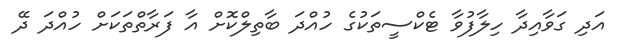
އަދި ގަވާއިދާ ހިލާފުވާ ޓެކްސީތަކުގެ ހުއްދަ ބާތިލްކޮށް އާ ފަރާތްތަކަށް ހުއްދަ ދޭ